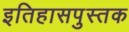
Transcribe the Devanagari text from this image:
इतिहासपुस्तक